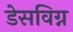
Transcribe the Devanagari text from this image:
डेसविग्न